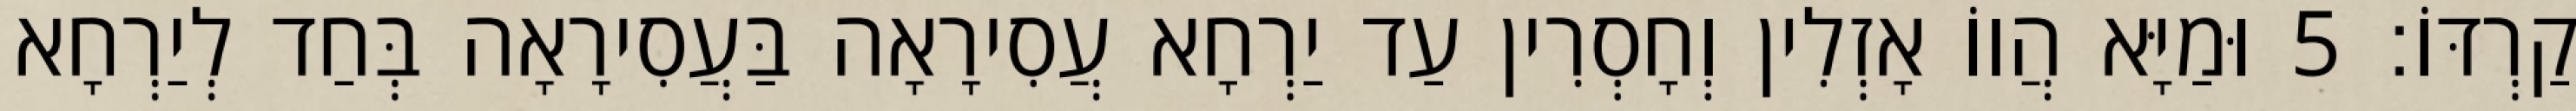
קַרְדּוֹ׃ 5 וּמַיָּא הֲווֹ אָזְלִין וְחָסְרִין עַד יַרְחָא עֲסִירָאָה בַּעֲסִירָאָה בְּחַד לְיַרְחָא